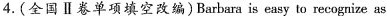
4.(全国Ⅱ卷单项填空改编)Barbara is easy to recognize as